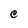
Character: C